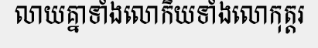
លាយគ្នាទាំងលោកិយទាំងលោកុត្តរ